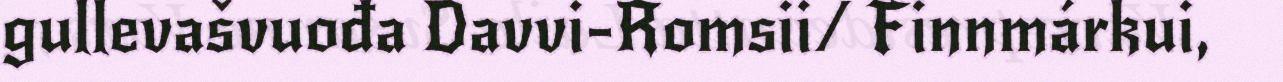
gullevašvuođa Davvi-Romsii/ Finnmárkui,